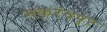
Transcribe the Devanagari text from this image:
मकरंदपुर